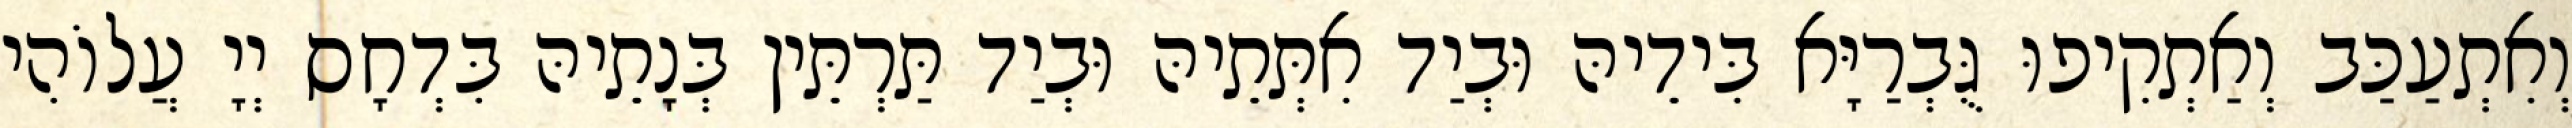
וְאִתְעַכַּב וְאַתְקִיפוּ גֻּבְרַיָּא בִּידֵיהּ וּבְיַד אִתְּתֵיהּ וּבְיַד תַּרְתֵּין בְּנָתֵיהּ בִּדְחָס יְיָ עֲלוֹהִי